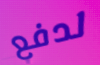
لدفع